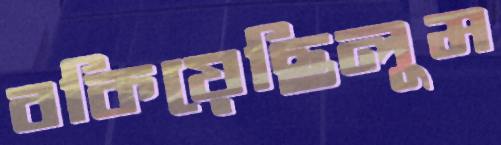
বকিয়েছিলুম